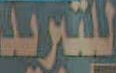
للتبريد